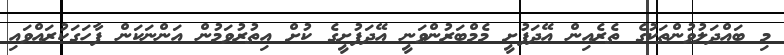
މި ބައްދަލުވުންތަކުގެ ތެރެއިން އޭދަފުށީ މެމްބަރުންވަނީ އޭދަފުށީގެ ކުށް އިތުރުވަމުން އަންނަކަން ފާހަގަކުރައްވައި